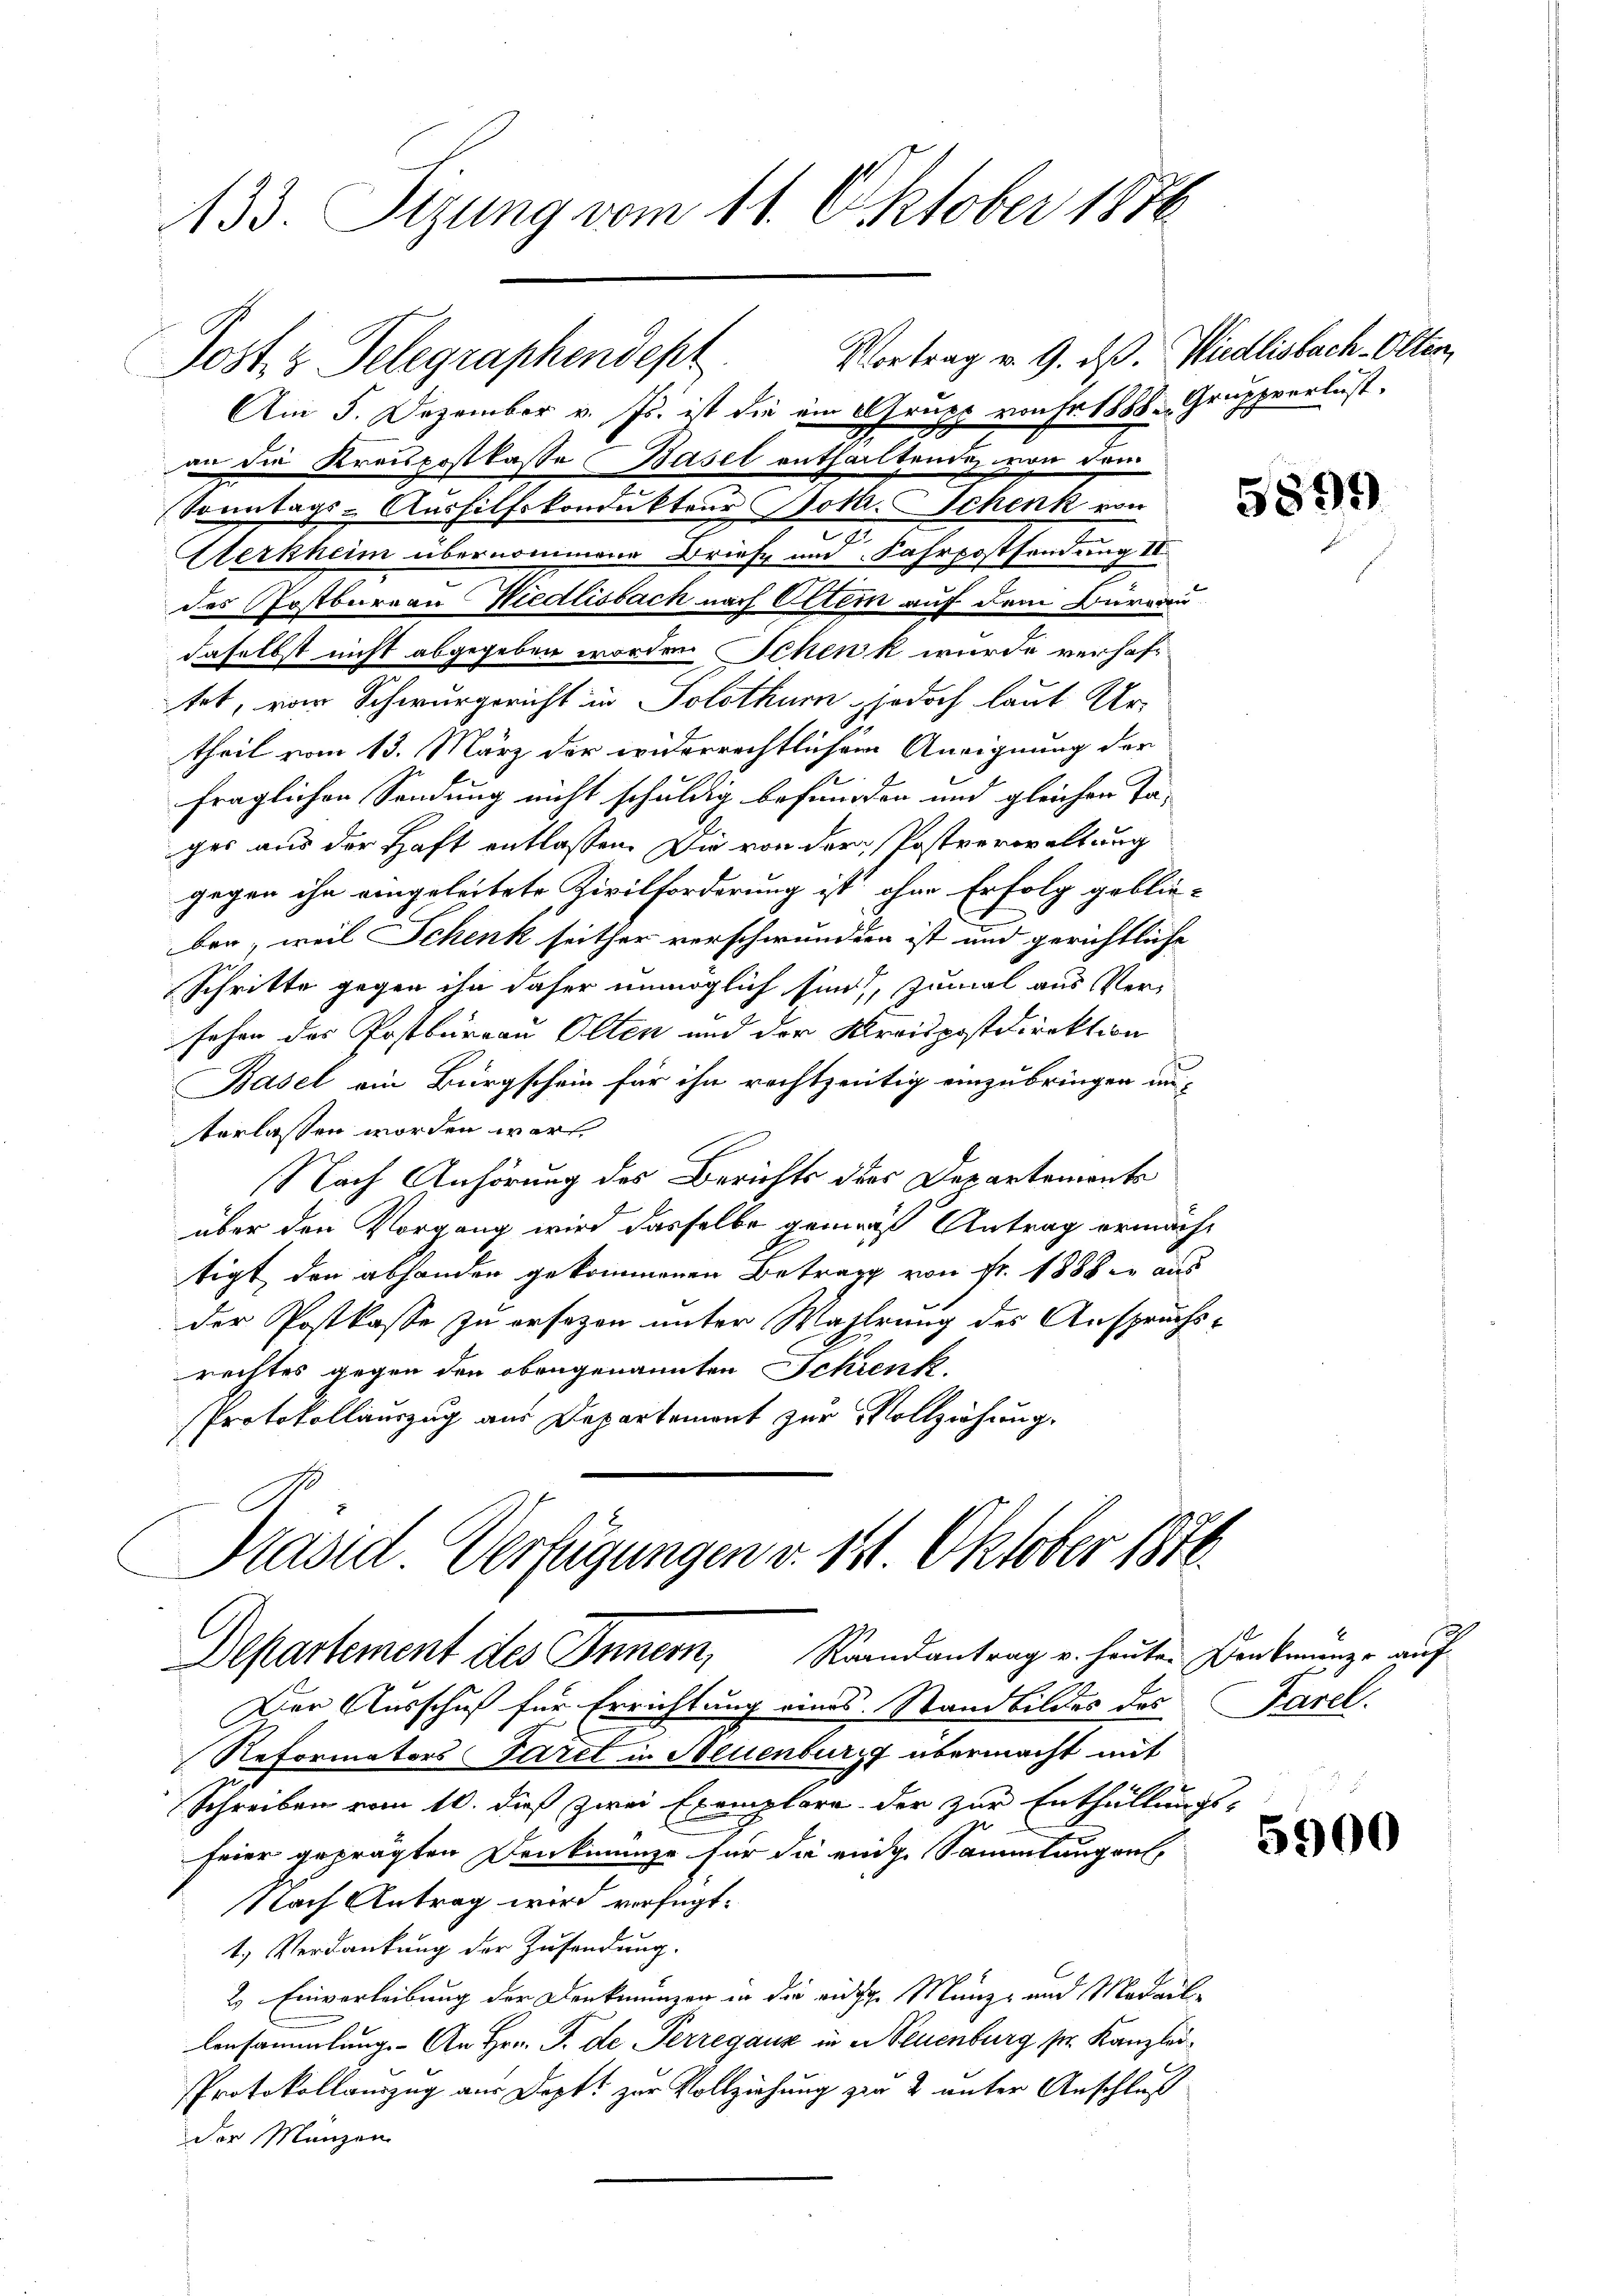
433. Stung vom 11. Oktober 1872

Vortrag v. 9. ds. Wiedlisbach Olten,
Am 5. Dezember v. Js. ist die ein Grupp von Fr. 1888. Gruppverlust.
an die Kreispostkasse Basel enthaltenden von dem
Sonntags-Aushilfskondukteur Jokr. Schenk von
c
Serkheim übernommene Briefe und Fahrpostsendung II
des Postbureau Niedlisbach nach Ottern auf dem Büreau
daselbst nicht abgegeben worden Schenk wurde verhaft-
tet, von Schwurgericht in Solothur jedoch laut Ur-
theil vom 13. März der widerrechtlichem Aneignung der
fraglichen Sendung nicht schuldig befunden und gleichen Tages aus der Haft entlassen. Die von der Postverwaltung
gegen ihn eingeleitete Zivilforderung ist ohne Erfolg geblie-
ben, weil Schenk seither verschwunden ist und gerichtliche
Schritte gegen ihn daher unmöglich sind, zumal aus Versehen das Postbureau Olten und der Kreispostdirektion
Basel ein Bürgschein für ihn rechtzeitig einzubringen un-
terlassen worden war
Nach Anhörung des Berichts des Departements
über den Vorgang wird dasselbe gemeist Antrag ermächt
tigt den abhanden gekommenen Betrag von Fr. 1888 in aus
der Postkasse zu ersezen unter Wahlrung des Anspruchsrechtes gegen den obengenannten Schrenk.
Protokollauszug aus Departement zur Vollziehung,
Präsid. Verfügungen v. 121. Oktober 1870.

Post 2 Telegraphendept

Departement des Innern, Raandantrag u. heuten Denkmünze auf

Der Ausschuß für Errichtung eines Standbildes des
Reformators Paret in Steuenburg übermacht mit
Schreiben vom 10. dieß zwei Exemplare der zur Enthüllungs-
feier geprägten Denkmünze für die eidge Sammlungen,
Nach Antrag wird verfügt:
1.) Verdankung der Zusendung.
2. Einverleibung der Denkmünzen in die riche Münz- und Modal
Ansammlung. An Hrn. F. de Perregauz in er Neuenburg sr. Kanzlei¬
PProtokollauszug aus Dopft zur Vollziehung zu 2 unter Anschluß
der Manzen

5899

Parel.

5900